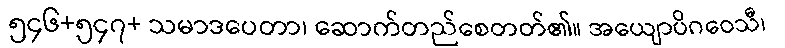
၅၄၆+၅၄၇+ သမာဒပေတာ၊ ဆောက်တည်စေတတ်၏။ အယျောပိဂဝေသီ၊